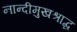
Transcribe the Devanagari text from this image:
नान्दीमुखश्राद्ध